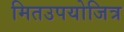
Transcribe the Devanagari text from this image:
मितउपयोजित्र